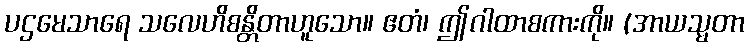
ပဌမေသာရေ သလေဟိစန္တိတာဟူသော။ ဧတံ၊ ဤဂါထာစကားကို။ (အာယသ္မတာ